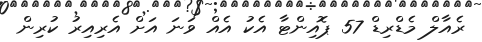
ރެއާލް މެޑްރިޑް 57 ޕޮއިންޓާ އެކު އެއް ވަނަ އަށް އެރިއިރު ކުރިން